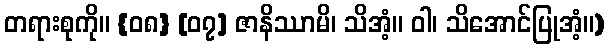
တရားစုကို။ {၀၈} [၀၇] ဇာနိဿာမိ၊ သိအံ့။ ဝါ၊ သိအောင်ပြုအံ့။)